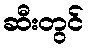
ဆီးတွင်